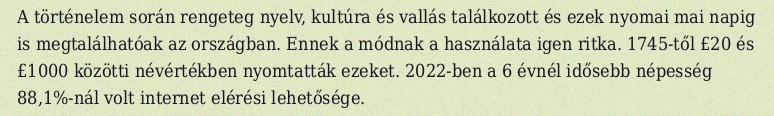
A történelem során rengeteg nyelv, kultúra és vallás találkozott és ezek nyomai mai napig is megtalálhatóak az országban. Ennek a módnak a használata igen ritka. 1745-től £20 és £1000 közötti névértékben nyomtatták ezeket. 2022-ben a 6 évnél idősebb népesség 88,1%-nál volt internet elérési lehetősége.